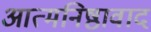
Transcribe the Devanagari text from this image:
आत्मनिष्ठावाद